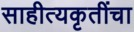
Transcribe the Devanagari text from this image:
साहीत्यकृतींचा